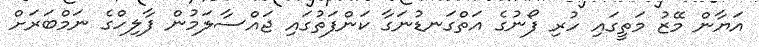
އަޔާން މޭޒު މަތީގައި ހުރި ފޯނުގެ އަތްގަނޑުނަގާ ކަންފަތުގައި ޖައްސާލަމުން ފާލިހްގެ ނަމްބަރަށް